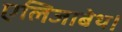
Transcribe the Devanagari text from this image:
एलिजाबेथ।